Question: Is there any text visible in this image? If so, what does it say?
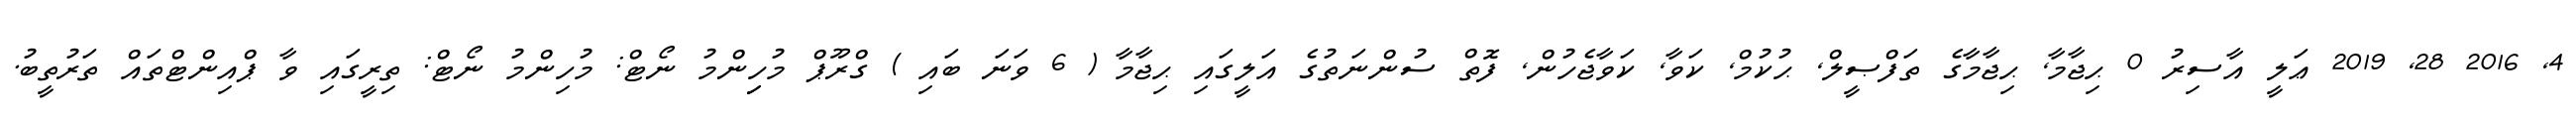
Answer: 4, 2016 28, 2019 ޢަލީ އާސިރު 0 ޙިޖާމާ, ޙިޖާމާގެ ތަފްޞީލް, ޙުކުމް, ކަވާ, ކަވާޖެހުން, ފޮތް ސުންނަތުގެ އަލީގައި ޙިޖާމާ ( 6 ވަނަ ބައި ) ގްރޫޕް މުހިިންމު ނޯޓް: މުހިންމު ނޯޓް: ތިރީގައި ވާ ޕްއިންޓްތައް ތަރުތީބު.